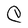
Character: C